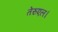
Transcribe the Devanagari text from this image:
तेरुएल।